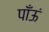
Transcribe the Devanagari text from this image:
पाँऊं